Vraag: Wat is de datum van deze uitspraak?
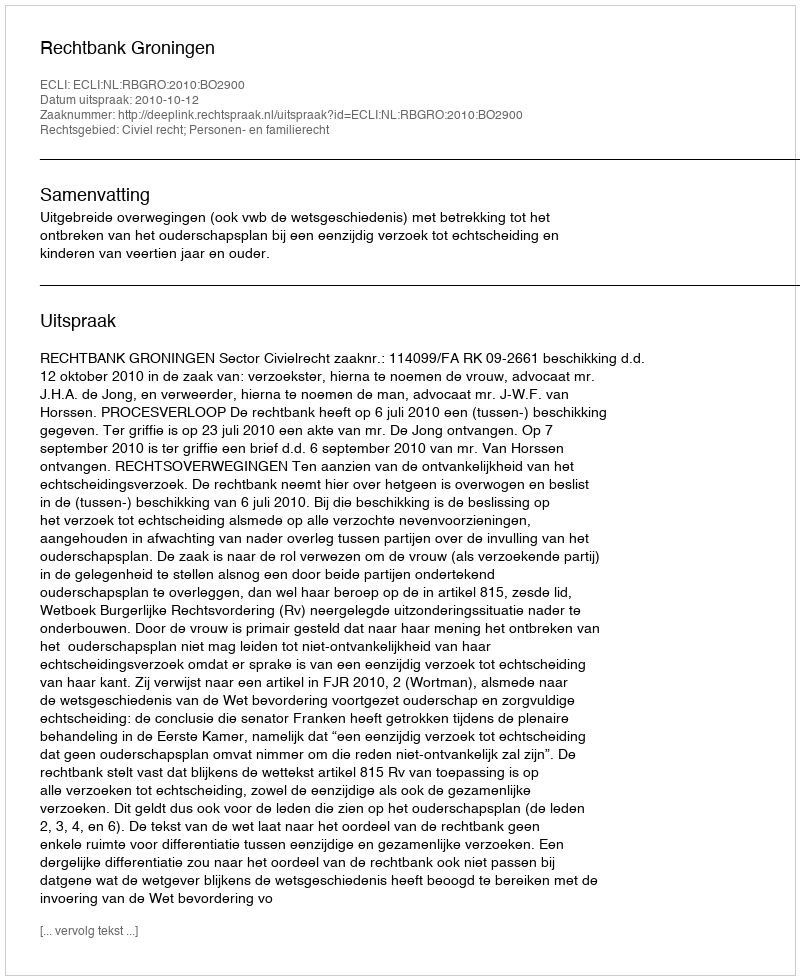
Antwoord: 2010-10-12